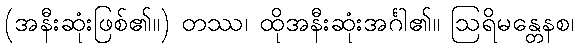
(အနီးဆုံးဖြစ်၏။) တဿ၊ ထိုအနီးဆုံးအင်္ဂါ၏။ ဩရိမန္တေနစ၊